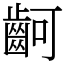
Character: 䶗